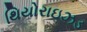
થિયોરાઇઝડ